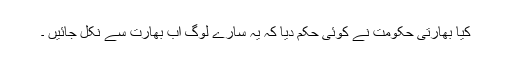
کیا بھارتی حکومت نے کوئی حکم دیا کہ یہ سارے لوگ اب بھارت سے نکل جائیں ۔